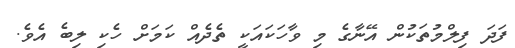
ފަދަ ފިލްމުތަކުން އޭނާގެ މި ވާހަކައަކީ ތެދެއް ކަމަށް ހެކި ލިބެ އެވެ.